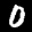
Label: 0